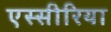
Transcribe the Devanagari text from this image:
एस्सीरिया